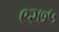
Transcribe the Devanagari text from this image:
९२७५